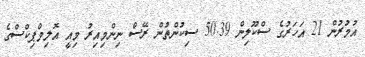
އުމުރުން 21 އަހަރުގެ ސްކޫލިން 50.39 ސިކުންތުން ރޭސް ނިންމިއިރު މިއީ އޮލިމްޕިކްސްގެ